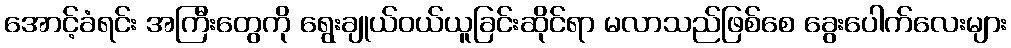
အောင့်ခံရင်း အကြီးတွေကို ရွေးချုယ်ဝယ်ယူခြင်းဆိုင်ရာ မလာသည်ဖြစ်စေ ခွေးပေါက်လေးများ